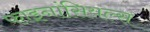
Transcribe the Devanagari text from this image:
फाइनांसियल्स